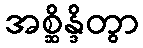
အစ္ဆိန္ဒိတွာ